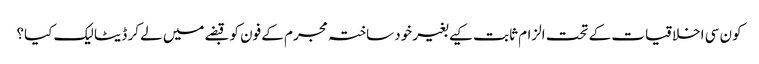
کون سی اخلاقیات کے تحت الزام ثابت کیے بغیر خود ساختہ مجرم کے فون کو قبضے میں لے کر ڈیٹا لیک کیا؟